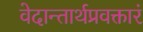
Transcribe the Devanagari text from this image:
वेदान्तार्थप्रवक्तारं